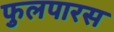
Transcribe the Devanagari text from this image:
फुलपारस